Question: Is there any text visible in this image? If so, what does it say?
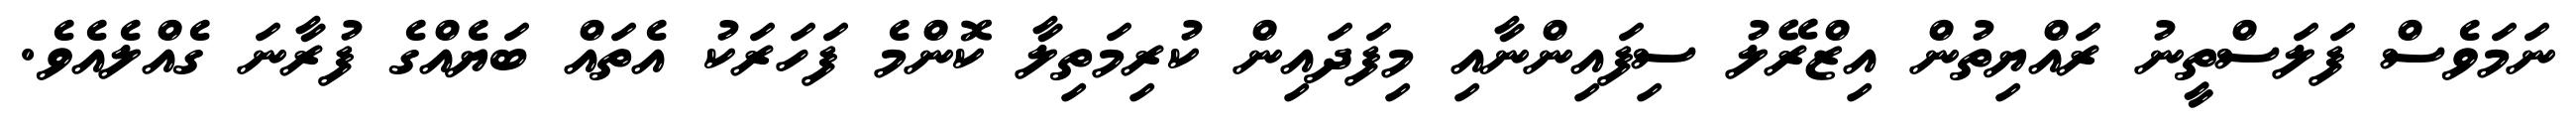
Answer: ނަމަވެސް ފަލަސްތީނު ރައްޔިތުން އިޒްރޭލު ސިފައިންނާއި މިފަދައިން ކުރިމަތިލާ ކޮންމެ ފަހަރަކު އެތައް ބަޔެއްގެ ފުރާނަ ގެއްލެއެވެ.